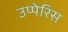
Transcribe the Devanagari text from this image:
उप्पेरिस